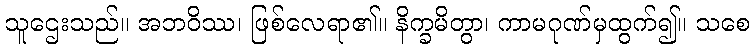
သူဌေးသည်။ အဘဝိဿ၊ ဖြစ်လေရာ၏။ နိက္ခမိတွာ၊ ကာမဂုဏ်မှထွက်၍။ သစေ